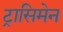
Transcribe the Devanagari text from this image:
ट्रासिमेन